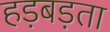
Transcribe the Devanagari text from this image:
हड़बड़ता